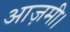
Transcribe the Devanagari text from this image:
आज़मी।